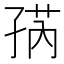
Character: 𱙽